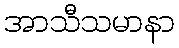
အာသီသမာနာ